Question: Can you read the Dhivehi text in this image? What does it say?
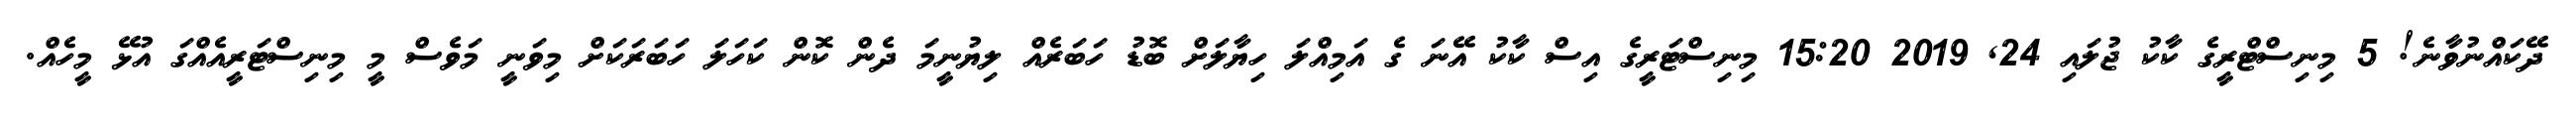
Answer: ދޭކައްނުވާނެ! 5 މިނިސްޓްރީގެ ކާކު ޖުލައި 24, 2019 15:20 މިނިސްޓަރީގެ އިސް ކާކު އޭނަ ގެ އަމިއްލަ ހިޔާލަށް ބޮޑު ހަބަރެއް ލިޔުނީމަ ދެން ކޮން ކަހަލަ ހަބަރަކަށް މިވަނީ މަވެސް މީ މިނިސްޓަރީއެއްގަ އުޅޭ މީހެއް.